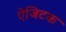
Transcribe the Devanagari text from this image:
ऐजिटक